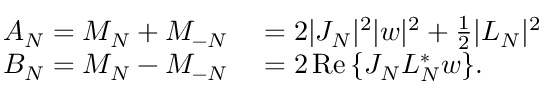
\begin{array} { r l } { A _ { N } = M _ { N } + M _ { - N } } & { { } = 2 | J _ { N } | ^ { 2 } | w | ^ { 2 } + \frac { 1 } { 2 } | L _ { N } | ^ { 2 } } \\ { B _ { N } = M _ { N } - M _ { - N } } & { { } = 2 \operatorname { R e } { \{ J _ { N } L _ { N } ^ { * } w \} } . } \end{array}